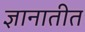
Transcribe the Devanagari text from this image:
ज्ञानातीत